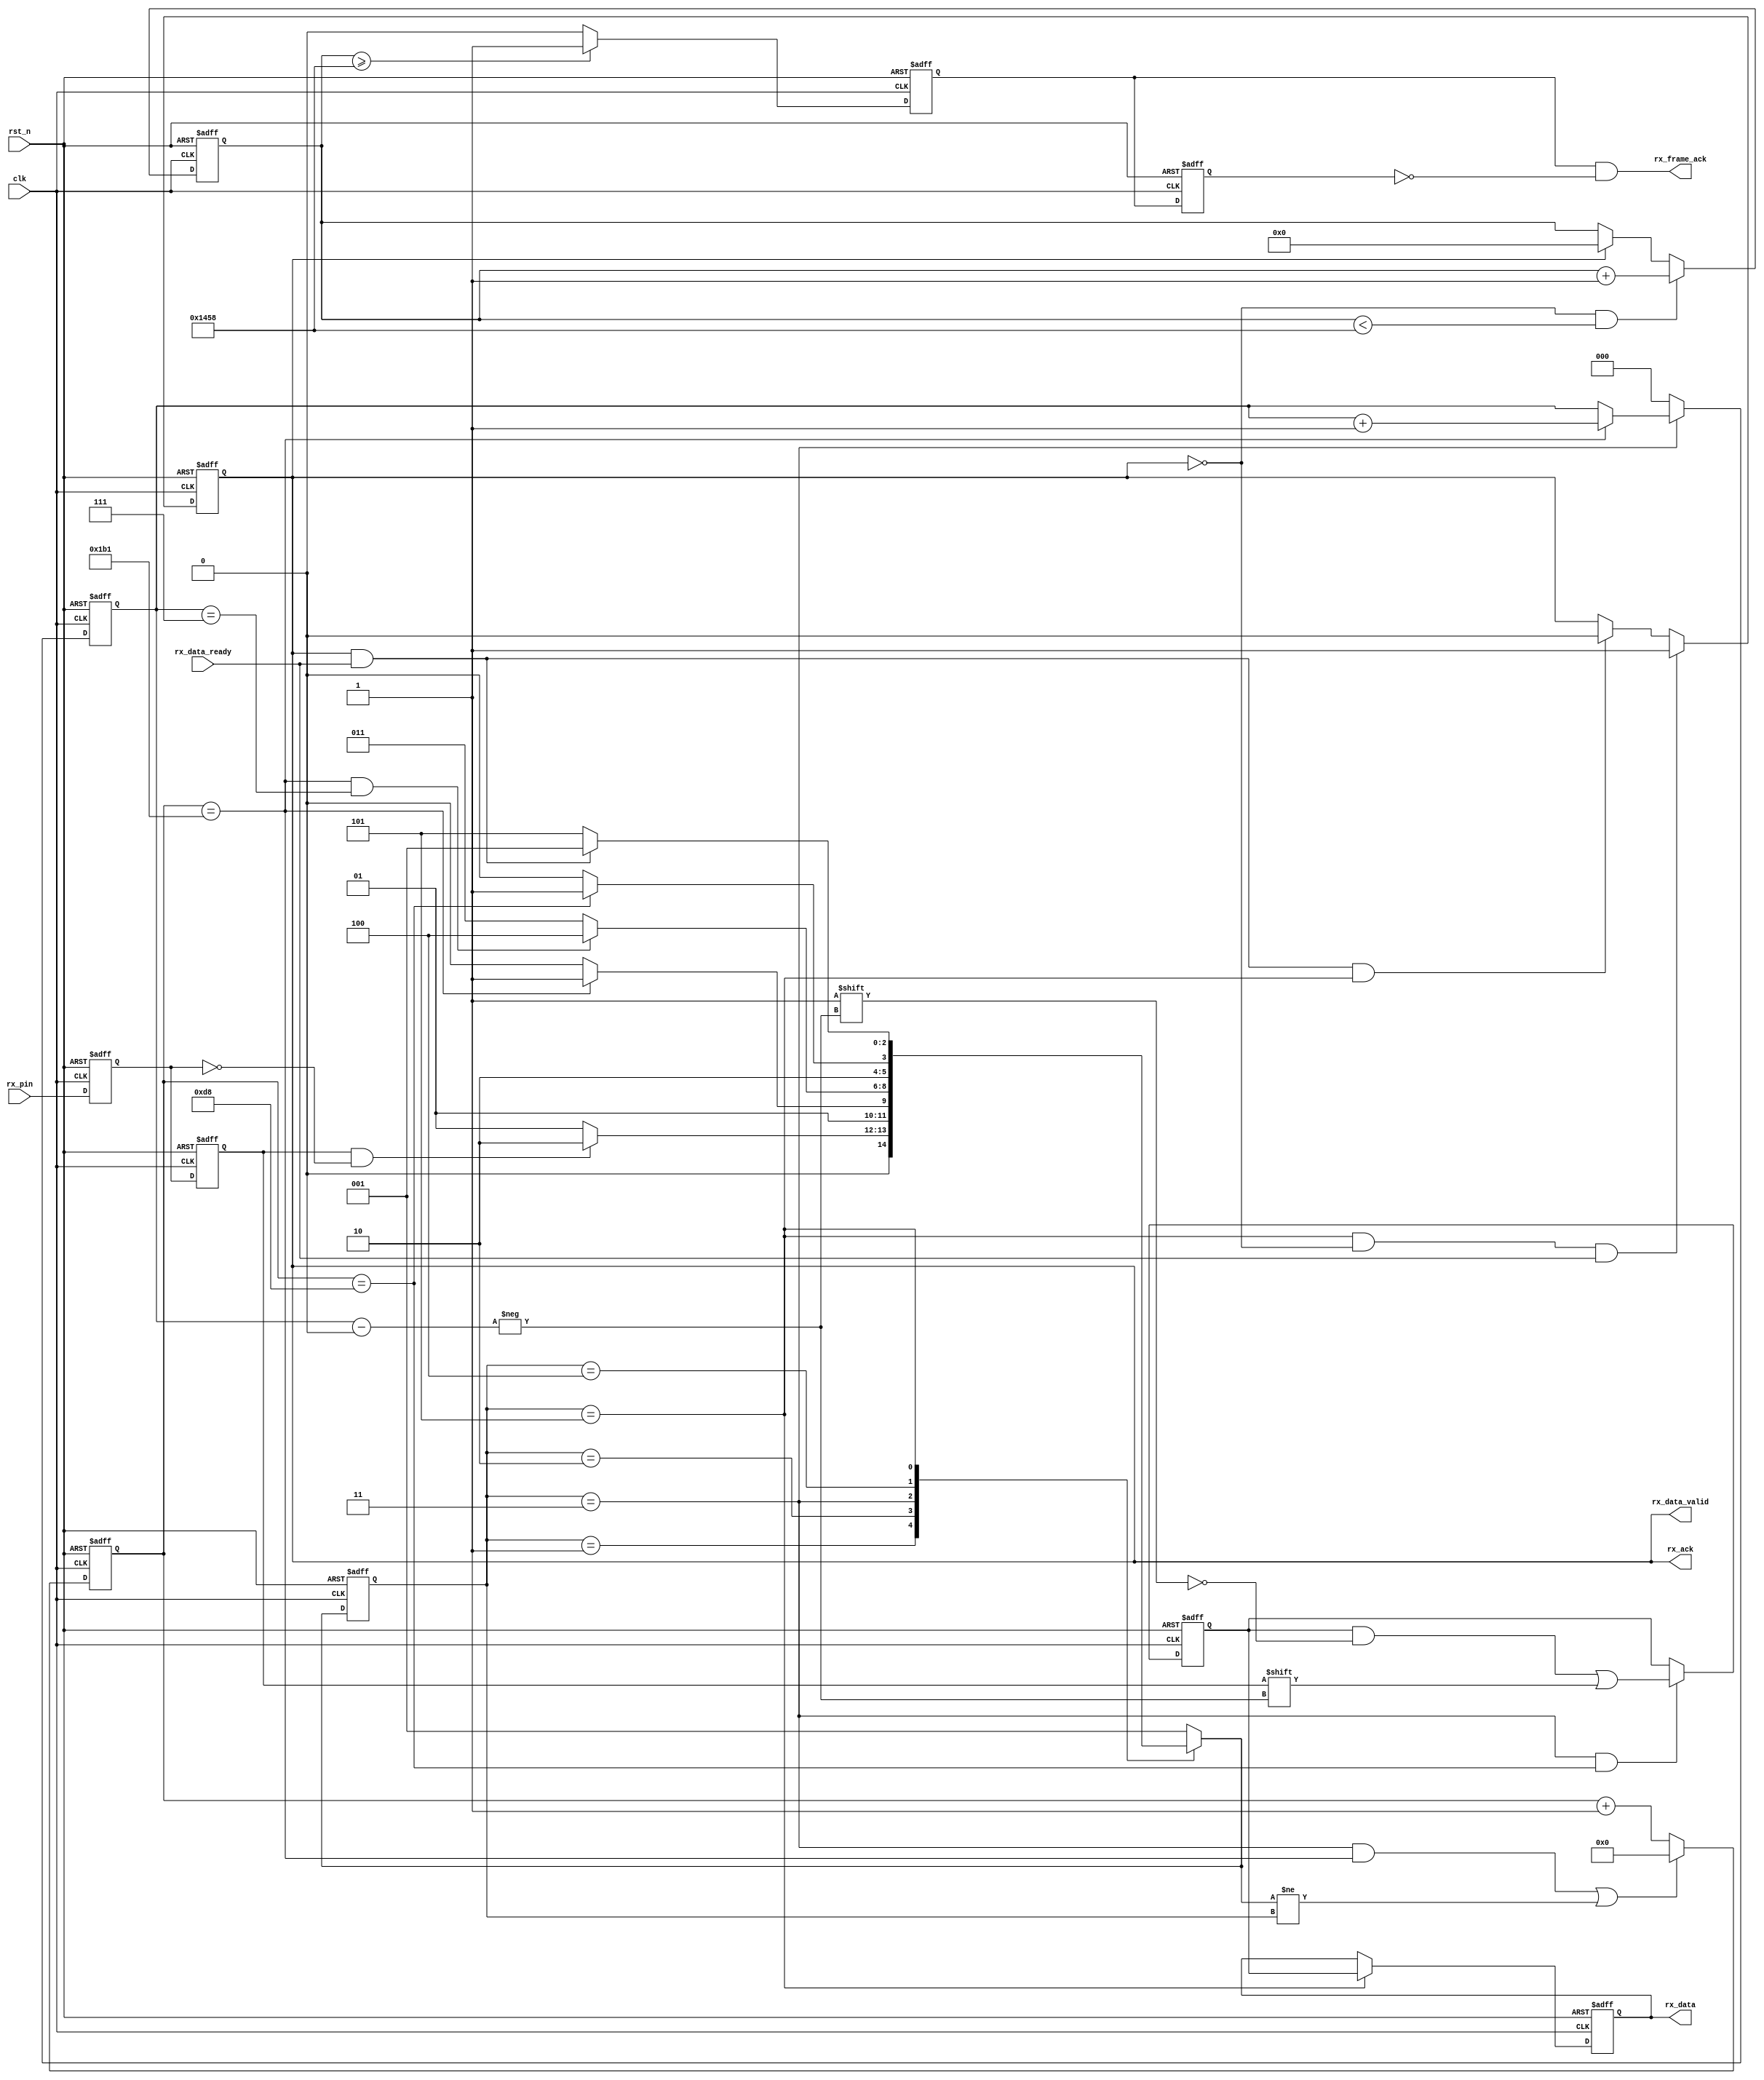
//*******************************************************************************/
module uart_bit_rx_module #(
    parameter CLK_FRE    = 50,      //clock frequency(Mhz)
    parameter BAUD_RATE  = 115200,  //serial baud rate
    parameter IDLE_CYCLE = 2        //
) (
    input            clk,            //
    input            rst_n,          //
    output reg [7:0] rx_data,        //
    output reg       rx_data_valid,  //
    input            rx_data_ready,  //
    output           rx_frame_ack,   //
    output           rx_ack,         //
    input            rx_pin          //
);
  /***********************************************************************/
  localparam CYCLE = CLK_FRE * 1000000 / BAUD_RATE;  //bit
  localparam IDLE_TIME = CYCLE * (IDLE_CYCLE + 10);  //
  /***********************************************************************/
  reg [2:0] state;
  reg [2:0] next_state;
  localparam S_IDLE = 1;  //
  localparam S_START = 2;  //start bit
  localparam S_REC_BYTE = 3;  //data bits
  localparam S_STOP = 4;  //stop bit
  localparam S_DATA = 5;
  /***********************************************************************/
  reg         rx_d0;  //delay 1 clock for rx_pin
  reg         rx_d1;  //delay 1 clock for rx_d0
  wire        rx_negedge;  // 
  reg  [ 7:0] rx_bits;  //
  reg  [15:0] cycle_cnt;  //baud counter
  reg  [ 2:0] bit_cnt;  //bit counter
  /***********************************************************************/
  always @(posedge clk or negedge rst_n) begin
    if (!rst_n) begin
      rx_d0 <= 1'b0;
      rx_d1 <= 1'b0;
    end else begin
      rx_d0 <= rx_pin;
      rx_d1 <= rx_d0;
    end
  end

  assign rx_negedge = rx_d1 && ~rx_d0;  //
  /***********************************************************************/
  always @(posedge clk or negedge rst_n) begin
    if (!rst_n) state <= S_IDLE;
    else state <= next_state;
  end

  always @(*) begin
    case (state)
      S_IDLE:
      if (rx_negedge) next_state <= S_START;
      else next_state <= S_IDLE;
      S_START:
      if (cycle_cnt == CYCLE - 1)  //
        next_state <= S_REC_BYTE;
      else next_state <= S_START;
      S_REC_BYTE:
      if (cycle_cnt == CYCLE - 1 && bit_cnt == 3'd7)  //8bit
        next_state <= S_STOP;
      else next_state <= S_REC_BYTE;
      S_STOP:
      if (cycle_cnt == CYCLE / 2 - 1)  //
        next_state <= S_DATA;
      else next_state <= S_STOP;
      S_DATA:
      if (rx_data_ready && rx_data_valid)  //
        next_state <= S_IDLE;
      else next_state <= S_DATA;
      default: next_state <= S_IDLE;
    endcase
  end
  /***********************************************************************/
  //bit
  always @(posedge clk or negedge rst_n) begin
    if (!rst_n) cycle_cnt <= 16'd0;
    else if ((state == S_REC_BYTE && cycle_cnt == CYCLE - 1) || next_state != state)  //
      cycle_cnt <= 16'd0;
    else cycle_cnt <= cycle_cnt + 16'd1;
  end
  /***********************************************************************/
  //bit
  always @(posedge clk or negedge rst_n) begin
    if (!rst_n) begin
      bit_cnt <= 3'd0;
    end else if (state == S_REC_BYTE)
      if (cycle_cnt == CYCLE - 1)  //bit+1
        bit_cnt <= bit_cnt + 3'd1;
      else bit_cnt <= bit_cnt;
    else bit_cnt <= 3'd0;
  end
  /***********************************************************************/
  //bit
  always @(posedge clk or negedge rst_n) begin
    if (!rst_n) rx_bits <= 8'd0;
    else if (state == S_REC_BYTE && cycle_cnt == CYCLE / 2 - 1) rx_bits[bit_cnt] <= rx_d1;
    else rx_bits <= rx_bits;
  end
  /***********************************************************************/
  //8bit
  always @(posedge clk or negedge rst_n) begin
    if (!rst_n) rx_data <= 8'd0;
    else if (state == S_DATA) rx_data <= rx_bits;  //latch received data
    else rx_data <= rx_data;
  end
  /***********************************************************************/
  //
  always @(posedge clk or negedge rst_n) begin
    if (!rst_n) rx_data_valid <= 1'b0;
    else if (state == S_DATA && !rx_data_valid && rx_data_ready)  //
      rx_data_valid <= 1'b1;
    else if (rx_data_valid && rx_data_ready && state == S_DATA) rx_data_valid <= 1'b0;
    else rx_data_valid <= rx_data_valid;
  end

  /*

add
                        rx_bit_idle
                        rx_frame_ack
               rx_frame_bit_num
*/
  /***********************************************************************/
  //bit
  assign rx_ack = rx_data_valid;
  /***********************************************************************/
  //
  reg [31:0] idle_cnt;
  always @(posedge clk or negedge rst_n) begin
    if (!rst_n) begin
      idle_cnt <= 1'd0;
    end else if (!rx_ack && idle_cnt < IDLE_TIME) idle_cnt <= idle_cnt + 1'd1;
    else if (rx_ack) begin
      idle_cnt <= 0;
    end
  end
  //
  reg frame_idle_flag;
  always @(posedge clk or negedge rst_n) begin
    if (!rst_n) begin
      frame_idle_flag <= 1'd0;
    end else if (idle_cnt >= IDLE_TIME) begin
      frame_idle_flag <= 1'b1;
    end else begin
      frame_idle_flag <= 1'b0;
    end
  end
  //
  reg frame_idle_flag_n;
  always @(posedge clk or negedge rst_n) begin
    if (!rst_n) begin
      frame_idle_flag_n <= 1'b0;
    end else begin
      frame_idle_flag_n <= frame_idle_flag;
    end
  end
  assign rx_frame_ack = frame_idle_flag && ~frame_idle_flag_n;

endmodule